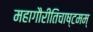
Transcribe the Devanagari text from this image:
महागौरीतिचाष्टमम्